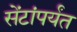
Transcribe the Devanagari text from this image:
सेंटांपर्यंत